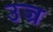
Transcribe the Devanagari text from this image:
उज्र